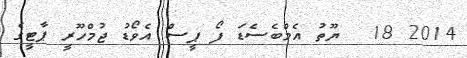
2014 18  ޔޫތު އެމްބެސެޑަ ފޯ ޕީސް އެވޯޑުު ޖުމްހޫރީ ޕާޓީގެ